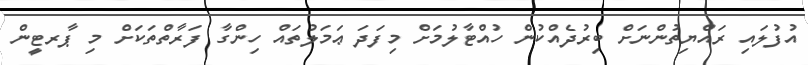
އުފުލައި ރައްޔިތުންނަށް ބިރުދެއްކުން ހުއްޓާލުމަށް މިފަދަ ޢަމަލުތައް ހިންގާ ފަރާތްތަކަށް މި ޕާރޓީން